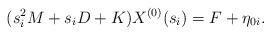
LaTeX: \begin{align*}(s_{i}^{2}M+s_{i}D+K) X^{(0)}(s_{i})&= F+\eta_{0i}.\end{align*}